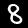
Digit: 8